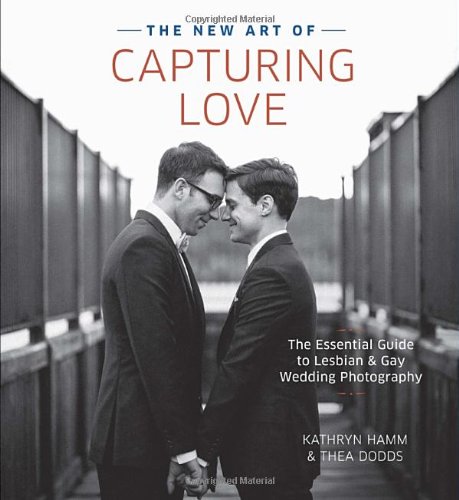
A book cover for The New Art of Capturing Love: The Essential Guide to Lesbian and Gay Wedding Photography; Kathryn Hamm; Crafts, Hobbies & Home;